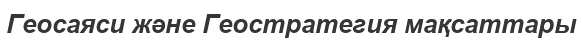
Геосаяси және Геостратегия мақсаттары